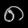
Digit: ၈